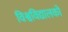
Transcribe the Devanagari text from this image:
विश्वविद्यालकों